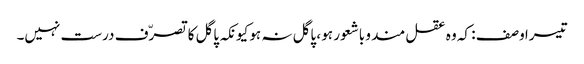
تیسرا وصف : کہ وہ عقل مند و باشعور ہو ، پاگل نہ ہو کیونکہ پاگل کا تصرّف درست نہیں۔